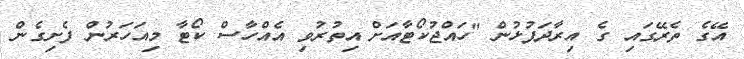
އޭގެ ތެރޭގައި ގެ އިރާދަފުޅުން "ހައްޖުކޯޓާއަށް އިތުރުވި އެއްހާސް ކޯޓާ މިއަހަރުން ފެށިގެން